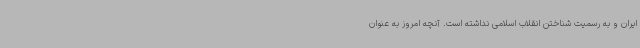
ایران و به رسمیت شناختن انقلاب اسلامی نداشته است. آنچه امروز به عنوان